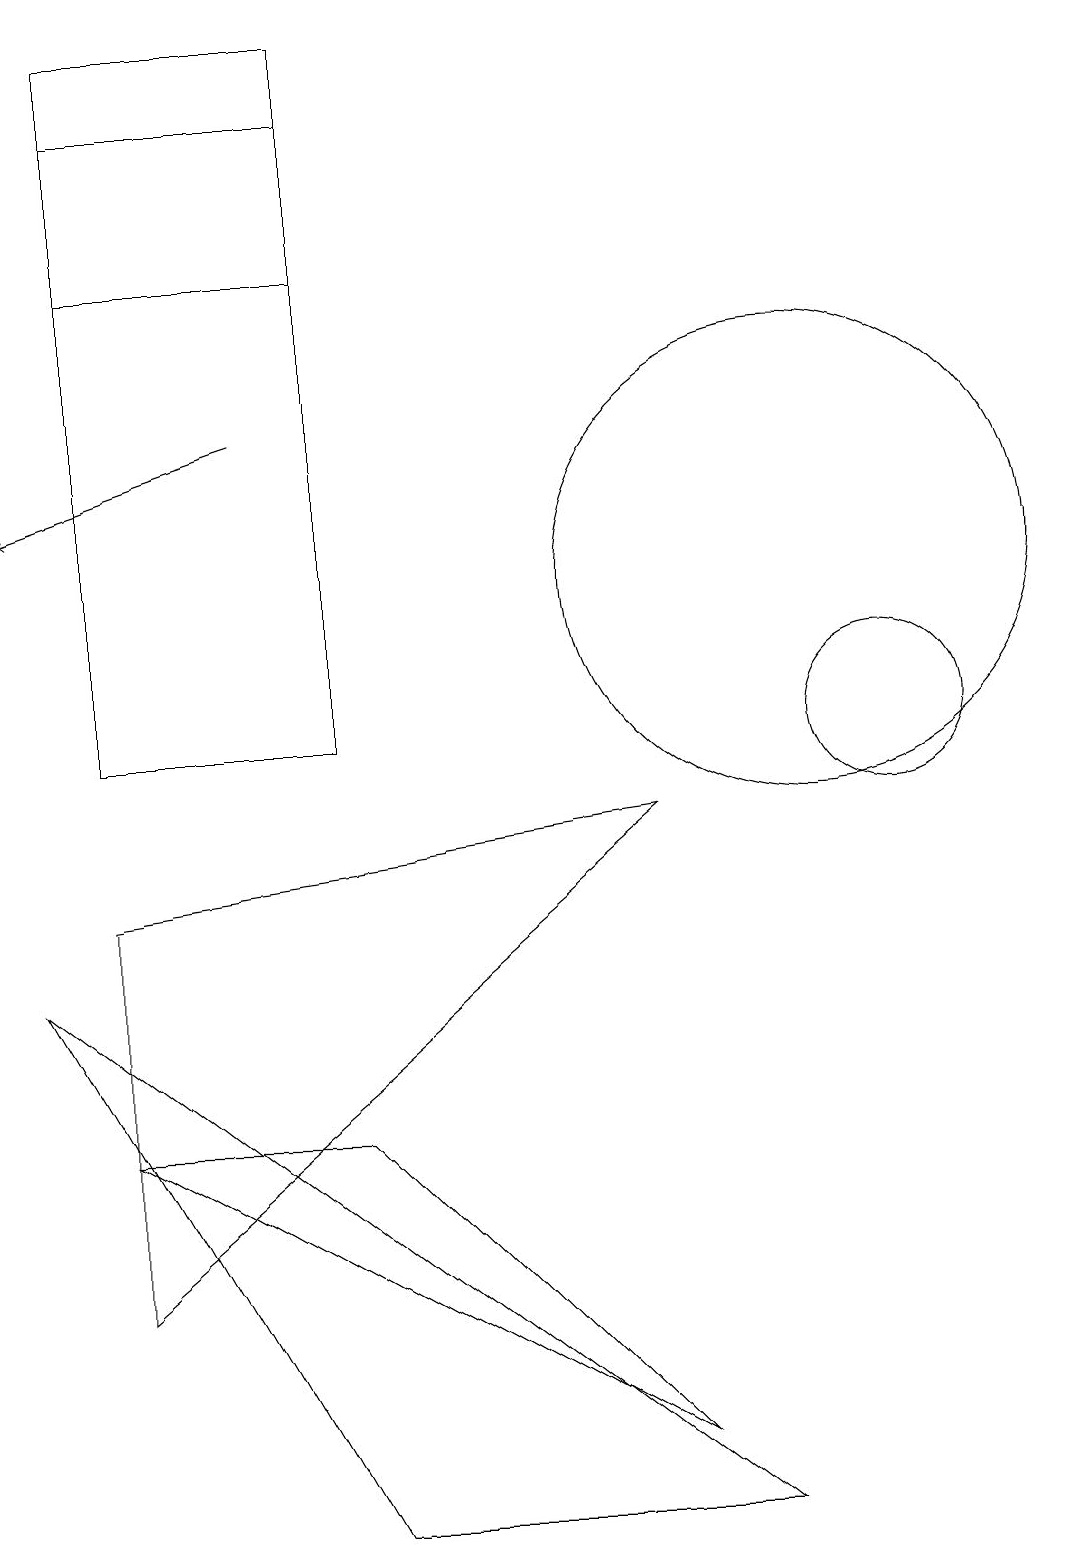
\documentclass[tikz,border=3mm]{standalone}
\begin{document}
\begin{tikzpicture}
\draw (11,10) circle (1);
\draw (10,12) circle (3);
\draw[->] (3,14) -- (0,13);
\draw (1,18) rectangle (4,10);
\draw (4,16) rectangle (1,19);
\draw (9,0) -- (4,0) -- (0,7) -- cycle;
\draw (1,5) -- (8,1) -- (4,5) -- cycle;
\draw (1,3) -- (1,8) -- (8,9) -- cycle;
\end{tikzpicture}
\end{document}